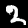
Label: 2